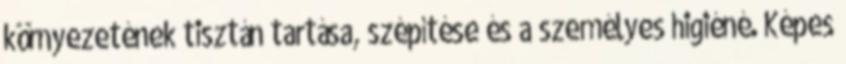
környezetének tisztán tartása, szépítése és a személyes higiéné. Képes